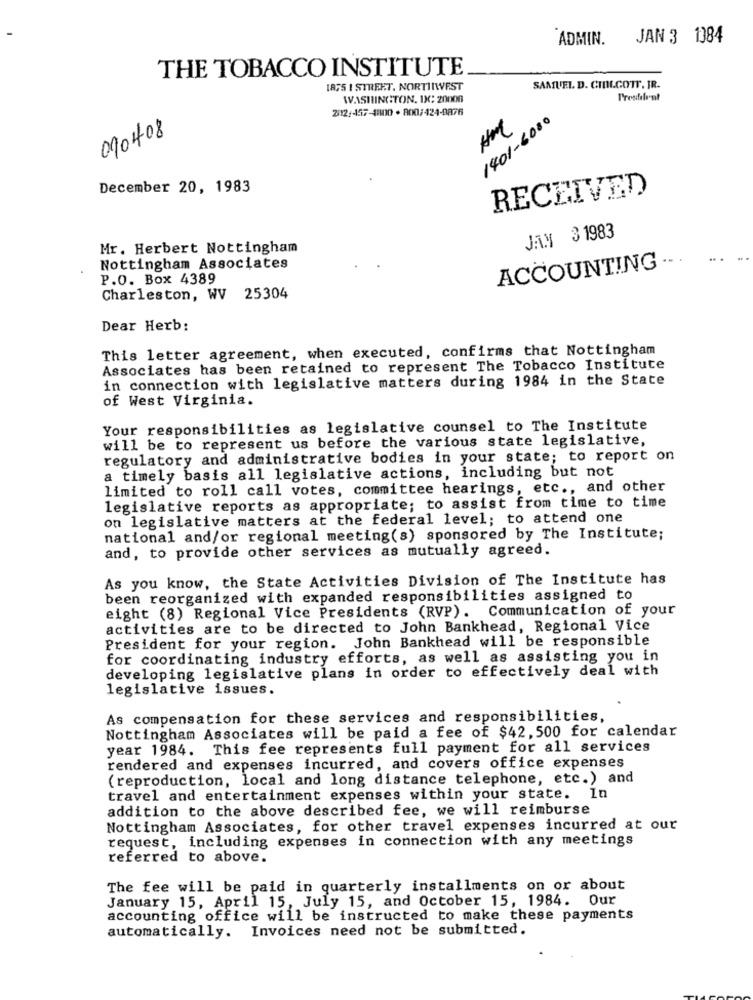
ADMIN.
JAN 3 1384
THE TOBACCO INSTITUTE
1875 I STREET, NORTHWEST
SAMUEL D. CHILCOTT, IR.
WASHINGTON, DC: 20000
Preshelent
2012:157-1800 . 800/424-9876
1401-6080
090408
December 20, 1983
RECEIVED
JAN 31983
Mr. Herbert Nottingham
Nottingham Associates
ACCOUNTING
P.O. Box 4389
Charleston, WV 25304
Dear Herb:
This letter agreement, when executed, confirms that Nottingham
Associates has been retained to represent The Tobacco Institute
in connection with legislative matters during 1984 in the State
of West Virginia.
Your responsibilities as legislative counsel to The Institute
will be to represent us before the various state legislative,
regulatory and administrative bodies in your state; to report on
a timely basis all legislative actions, including but not
limited to roll call votes, committee hearings, etc ., and other
legislative reports as appropriate; to assist from time to time
on legislative matters at the federal level; to attend one
national and/or regional meeting(s) sponsored by The Institute;
and, to provide other services as mutually agreed.
As you know, the State Activities Division of The Institute has
been reorganized with expanded responsibilities assigned to
eight (8) Regional Vice Presidents (RVP). Communication of your
activities are to be directed to John Bankhead, Regional Vice
President for your region. John Bankhead will be responsible
for coordinating industry efforts, as well as assisting you in
developing legislative plans in order to effectively deal with
legislative issues.
As compensation for these services and responsibilities,
Nottingham Associates will be paid a fee of $42, 500 for calendar
year 1984. This fee represents full payment for all services
rendered and expenses incurred, and covers office expenses
(reproduction, local and long distance telephone, etc.) and
travel and entertainment expenses within your state. In
addition to the above described fee, we will reimburse
Nottingham Associates, for other travel expenses incurred at our
request, including expenses in connection with any meetings
referred to above.
The fee will be paid in quarterly installments on or about
January 15, April 15, July 15, and October 15, 1984. Our
accounting office will be instructed to make these payments
automatically. Invoices need not be submitted.